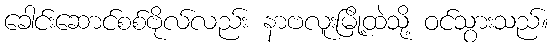
ခေါင်းဆောင်စစ်ဗိုလ်လည်း နာဗလူးမြို့ထဲသို့ ဝင်သွားသည်။